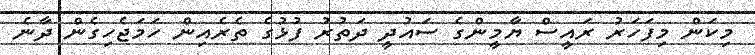
މިކަން މިފަހަރު ރައީސް ޔާމީންގެ ސައުދީ ދަތުރު ފުޅުގެ ތެރެއިން ހަމަޖެހިގެން ދާނެ